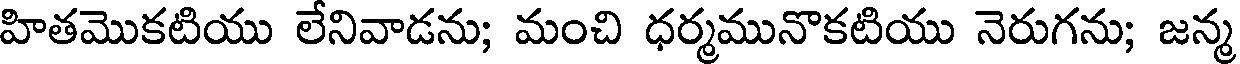
హితమొకటియు లేనివాడను; మంచి ధర్మమునొకటియు నెరుగను; జన్మ